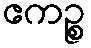
ဧကဉ္စ